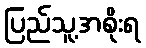
ပြည်သူ့အစိုးရ